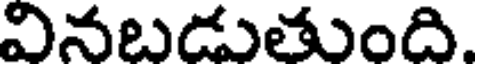
వినబడుతుంది.